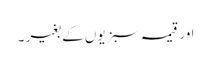
اور قیمہ سبزیوں کے بغیر ۔